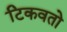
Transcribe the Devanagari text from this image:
टिकवतो